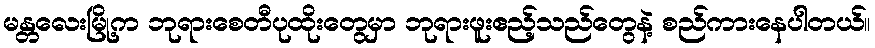
မန္တလေးမြို့က ဘုရားစေတီပုထိုးတွေမှာ ဘုရားဖူးဧည့်သည်တွေနဲ့ စည်ကားနေပါတယ်။